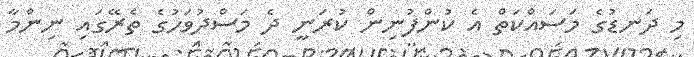
މި ދަނޑުގެ މަސައްކަތް އެ ކުންފުުނިން ކުރަނީ ދެ މަސްދުވަހުގެ ތެރޭގައި ނިންމާ